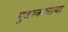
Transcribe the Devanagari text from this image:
पुढाकाराचा